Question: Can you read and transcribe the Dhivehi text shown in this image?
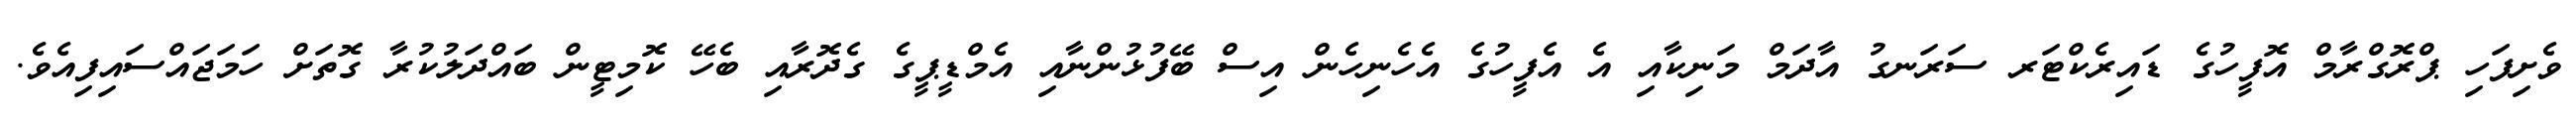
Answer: ވެށިފަހި ޕްރޮގްރާމް އޮފީހުގެ ޑައިރެކްޓަރ ސަރަނގު އާދަމް މަނިކާއި އެ އެފީހުގެ އެހެނިހެން އިސް ބޭފުޅުންނާއި އެމްޑީޕީގެ ގެދޮރާއި ބެހޭ ކޮމިޓީން ބައްދަލުކުރާ ގޮތަށް ހަމަޖައްސައިފިއެވެ.